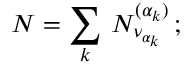
{ \cal N } = \sum _ { k } \, N _ { \nu _ { \alpha _ { k } } } ^ { ( \alpha _ { k } ) } \, ;